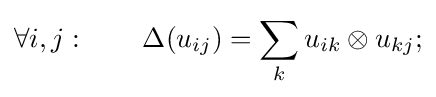
\forall i,j:\qquad \Delta (u_{ij})=\sum _{k}u_{ik}\otimes u_{kj};